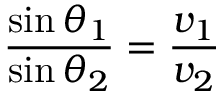
{ \frac { \sin \theta _ { 1 } } { \sin \theta _ { 2 } } } = { \frac { v _ { 1 } } { v _ { 2 } } }